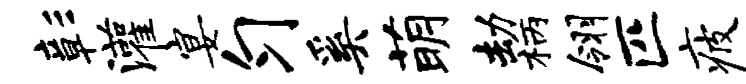
彰灌宴匀奚萌劫柄翎匹疲